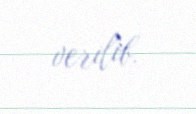
verilib.